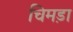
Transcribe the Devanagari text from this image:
चिमड़ा